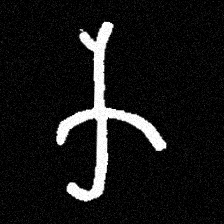
Pyu character \u2014 Myanmar letter: က (romanized: ka)